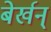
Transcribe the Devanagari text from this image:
बेर्खन्